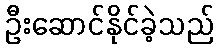
ဦးဆောင်နိုင်ခဲ့သည်